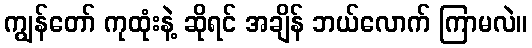
ကျွန်တော် ကုထုံးနဲ့ ဆိုရင် အချိန် ဘယ်လောက် ကြာမလဲ။